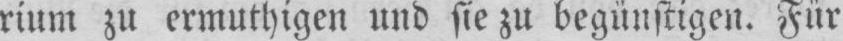
rium zu ermuthigen und sie zu begünstigen. Für